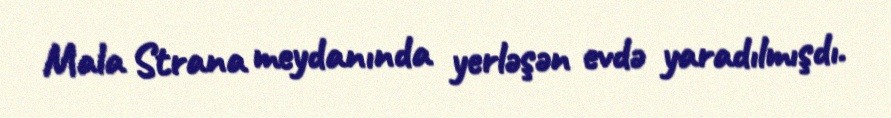
Mala Strana meydanında yerləşən evdə yaradılmışdı.